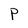
Character: P